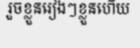
រួចខ្លួនរៀងៗខ្លួនហើយ